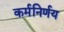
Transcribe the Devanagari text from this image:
कर्मनिर्णय